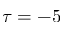
\tau = - 5